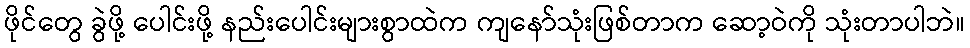
ဖိုင်တွေ ခွဲဖို့ ပေါင်းဖို့ နည်းပေါင်းများစွာထဲက ကျနော်သုံးဖြစ်တာက ဆော့ဝဲကို သုံးတာပါဘဲ။